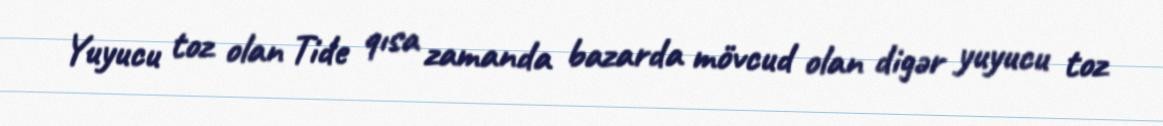
Yuyucu toz olan Tide qısa zamanda bazarda mövcud olan digər yuyucu toz